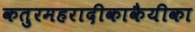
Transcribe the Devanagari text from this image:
कतुरमहरादीकाकैयीका